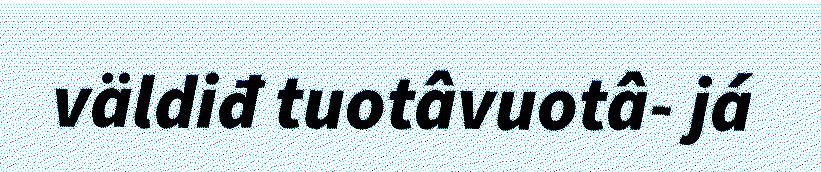
väldiđ tuotâvuotâ- já